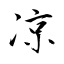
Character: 凉